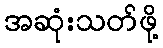
အဆုံးသတ်ဖို့